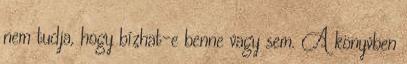
nem tudja, hogy bízhat-e benne vagy sem. A könyvben